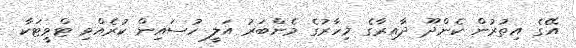
އޭގެ އިތުރުން ކެންދޫ ދާއިރާގެ މިހާރުގެ މެންބަރު އަލީ ހުސައިން ކުރެއްވި ޓްވީޓަކާ